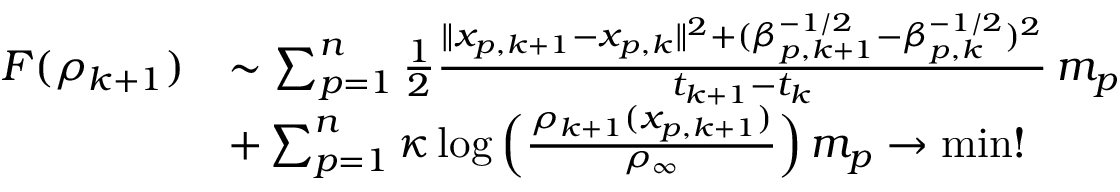
\begin{array} { r l } { F ( \rho _ { k + 1 } ) } & { \sim \sum _ { p = 1 } ^ { n } \frac { 1 } { 2 } \frac { \| x _ { p , k + 1 } - x _ { p , k } \| ^ { 2 } + ( \beta _ { p , k + 1 } ^ { - 1 / 2 } - \beta _ { p , k } ^ { - 1 / 2 } ) ^ { 2 } } { t _ { k + 1 } - t _ { k } } \, m _ { p } } \\ & { + \sum _ { p = 1 } ^ { n } \kappa \log \Big ( \frac { \rho _ { k + 1 } ( x _ { p , k + 1 } ) } { \rho _ { \infty } } \Big ) \, m _ { p } \to \operatorname* { m i n } ! } \end{array}